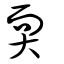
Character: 耎